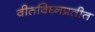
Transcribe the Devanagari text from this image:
वीतविघ्नप्रतीत